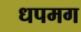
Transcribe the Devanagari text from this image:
धपमग